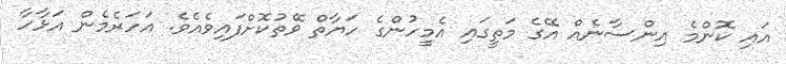
އައި ކޮންމެ އިންސާނެއް އޭގެ މަތީގައި އެމީހުންގެ ހަޔާތް ވޭތުކޮށްފައިވެއެވެ. އަހަރެމެން އަޅާހާ